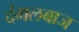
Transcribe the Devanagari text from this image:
दंगलबाज